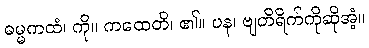
ဓမ္မကထံ၊ ကို။ ကထေတိ၊ ၏။ ပန၊ ဗျတိရိက်ကိုဆိုအံ့။